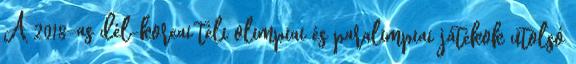
A 2018-as dél-koreai téli olimpiai és paralimpiai játékok utolsó